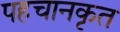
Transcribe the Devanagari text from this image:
पहचानकृत